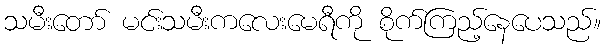
သမီးတော် မင်းသမီးကလေးမေရီကို စိုက်ကြည့်နေပေသည်။